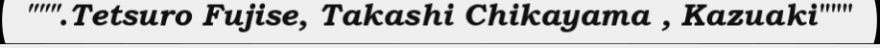
""".Tetsuro Fujise, Takashi Chikayama , Kazuaki"""